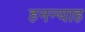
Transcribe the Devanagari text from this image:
हनन्याह